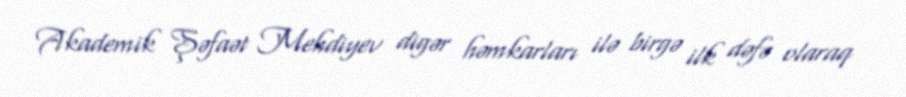
Akademik Şəfaət Mehdiyev digər həmkarları ilə birgə ilk dəfə olaraq